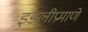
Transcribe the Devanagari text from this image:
इडलीप्रमाणे